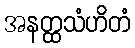
အနတ္ထသံဟိတံ